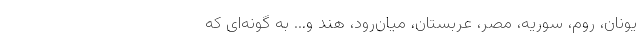
یونان، روم، سوریه، مصر، عربستان، میان‌رود، هند و... به گونه‌ای که